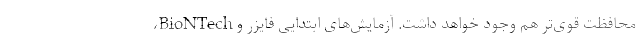
محافظت قوی‌تر هم وجود خواهد داشت. آزمایش‌های ابتدایی فایزر و BioNTech،